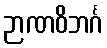
ဉာဏဝိဘင်္ဂ